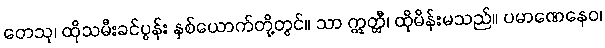
တေသု၊ ထိုသမီးခင်ပွန်း နှစ်ယောက်တို့တွင်။ သာ ဣတ္ထီ၊ ထိုမိန်းမသည်။ ပမာဏေနေဝ၊